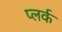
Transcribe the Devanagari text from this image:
प्लर्क